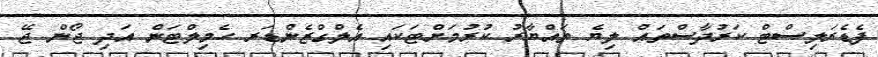
ފެޑެރަލިސްޓް ކަރުދާސްތައް ލިޔެ ތައްޔާރު ކުރުމަށްޓަކައި އެލްގްޒެންޑަރ ހެމިލްޓަން އަދި ޖޯން ޖޭ